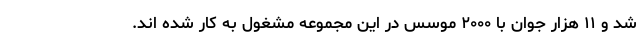
شد و ۱۱ هزار جوان با ۲۰۰۰ موسس در این مجموعه مشغول به کار شده اند.